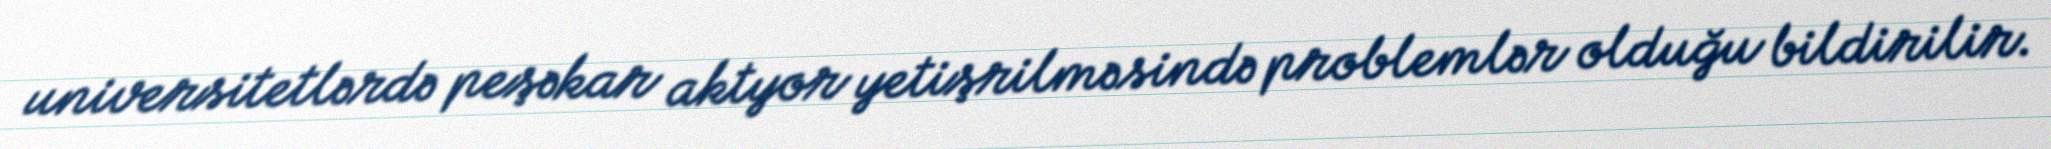
universitetlərdə peşəkar aktyor yetişrilməsində problemlər olduğu bildirilir.